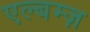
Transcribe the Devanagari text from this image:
एल्बम्ज़